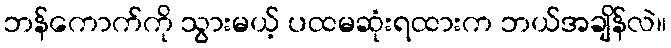
ဘန်ကောက်ကို သွားမယ့် ပထမဆုံးရထားက ဘယ်အချိန်လဲ။